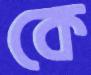
কে